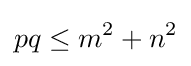
pq\leq m^{2}+n^{2}